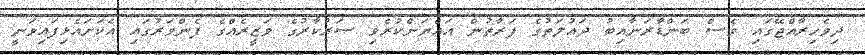
ދިވެހިރާއްޖޭގައި ވެސް ބަންޑާރަނާއިބު ދައުލަތުގެ ފަރާތުން އައްޔަންކުރެވި ސަރުކާރުގެ ވަޒީރެއްގެ ފެންވަރުގައި އެކަށައެޅިފައިވަނީ